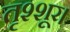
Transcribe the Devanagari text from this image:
तृश्शूर।